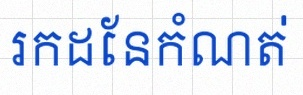
រកដែនកំណត់